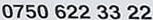
0750 622 33 22